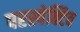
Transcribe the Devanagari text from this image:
परस्पेक्टिव